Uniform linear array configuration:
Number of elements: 24
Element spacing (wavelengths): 1
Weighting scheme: kaiser
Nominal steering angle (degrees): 60
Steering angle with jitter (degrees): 61.505
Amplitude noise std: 0.05
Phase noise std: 0.05

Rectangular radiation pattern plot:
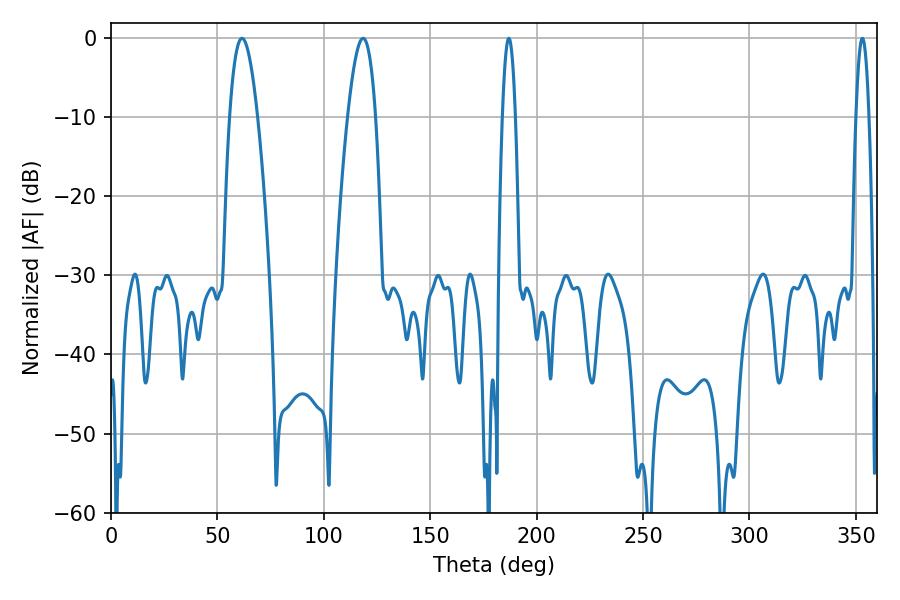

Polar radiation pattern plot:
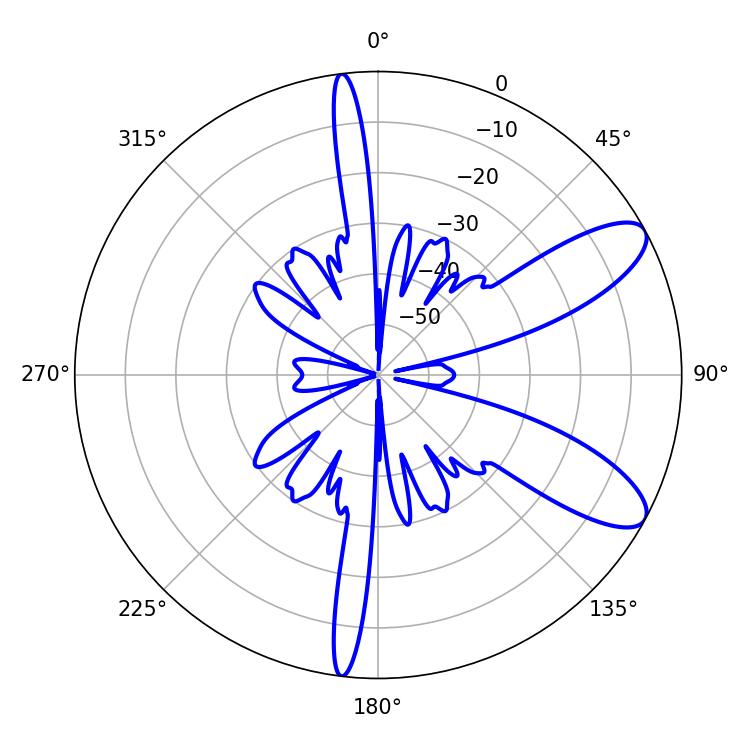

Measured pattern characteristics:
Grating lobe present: TRUE
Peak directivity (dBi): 9.517
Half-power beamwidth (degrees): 7.2
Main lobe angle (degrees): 61.56